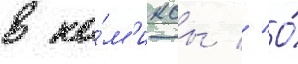
в ко́м'иксы // О́